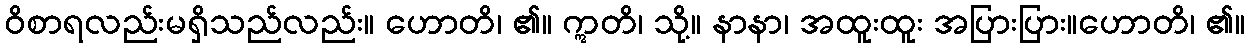
ဝိစာရလည်းမရှိသည်လည်း။ ဟောတိ၊ ၏။ ဣတိ၊ သို့။ နာနာ၊ အထူးထူး အပြားပြား။ဟောတိ၊ ၏။